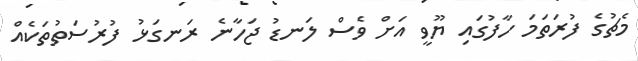
މެޗުގެ ފުރަތަމަ ހާފުގައި ޔޫވީ އަށް ވެސް ލަނޑު ޖަހާނެ ރަނގަޅު ފުރުސަތުތަކެއް